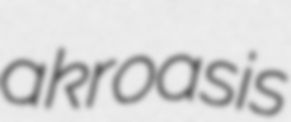
akroasis